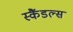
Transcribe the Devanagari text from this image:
स्‍कैंडल्‍स